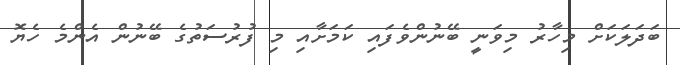
ބަދަލަކަށް މިހާރު މިވަނީ ބޭނުންވެފައި ކަމަށާއި މި ފުރުސަތުގެ ބޭނުން އެންމެ ހެޔޮ